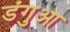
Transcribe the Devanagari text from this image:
डंगुआ